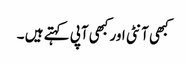
کبھی آنٹی اور کبھی آپی کہتے ہیں ۔